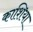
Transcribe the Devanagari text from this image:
काशिया